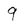
Character: 9